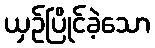
ယှဉ်ပြိုင်ခဲ့သော